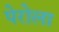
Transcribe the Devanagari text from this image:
पेरोला